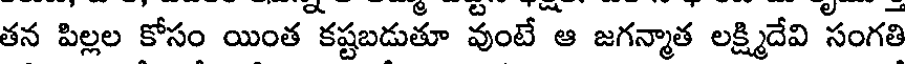
తన పిల్లల కోసం యింత కష్టబడుతూ వుంటే ఆ జగన్మాత లక్ష్మిదేవి సంగతి